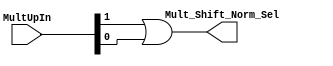
module orGate(
    input [1:0] MultUpIn,
    output Mult_Shift_Norm_Sel
);

assign Mult_Shift_Norm_Sel = MultUpIn[1] || MultUpIn[0];

endmodule